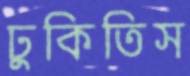
ঢুকিতিস